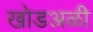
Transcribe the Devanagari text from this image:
खोडअळी